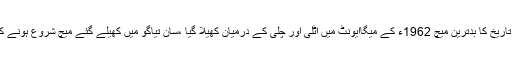
اس حوالے سے معروف نیوز ویب سائٹ کی رپورٹ میں بتایاگیاہے کہ فٹبال ورلڈ کپ کی تاریخ کا بدترین میچ 1962ء کے میگاایونٹ میں اٹلی اور چلی کے درمیان کھیلا گیا ،سان تیاگو میں کھیلے گئے میچ شروع ہونے کے محض 12سیکنڈ ز بعد ہی چلی کے کھلاڑی لڑپڑے اور اٹلی کے کھلاڑیوں کو ماراپیٹا۔